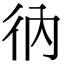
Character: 𢓇